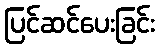
ပြင်ဆင်ပေးခြင်း